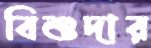
বিশুদার